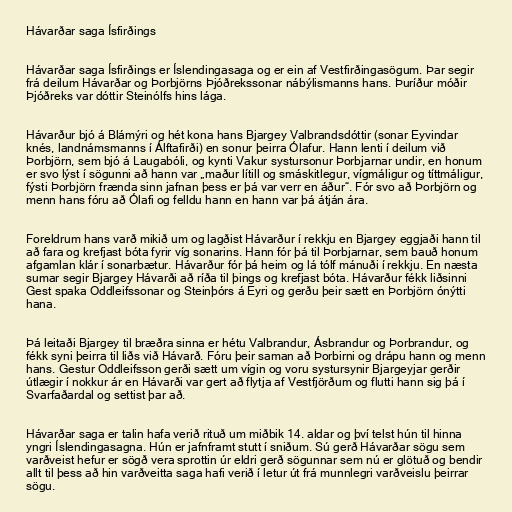
Hávarðar saga Ísfirðings

Hávarðar saga Ísfirðings er Íslendingasaga og er ein af Vestfirðingasögum. Þar segir
frá deilum Hávarðar og Þorbjörns Þjóðrekssonar nábýlismanns hans. Þuríður móðir
Þjóðreks var dóttir Steinólfs hins lága.

Hávarður bjó á Blámýri og hét kona hans Bjargey Valbrandsdóttir (sonar Eyvindar
knés, landnámsmanns í Álftafirði) en sonur þeirra Ólafur. Hann lenti í deilum við
Þorbjörn, sem bjó á Laugabóli, og kynti Vakur systursonur Þorbjarnar undir, en honum
er svo lýst í sögunni að hann var „maður lítill og smáskitlegur, vígmáligur og títtmáligur,
fýsti Þorbjörn frænda sinn jafnan þess er þá var verr en áður“. Fór svo að Þorbjörn og
menn hans fóru að Ólafi og felldu hann en hann var þá átján ára.

Foreldrum hans varð mikið um og lagðist Hávarður í rekkju en Bjargey eggjaði hann til
að fara og krefjast bóta fyrir víg sonarins. Hann fór þá til Þorbjarnar, sem bauð honum
afgamlan klár í sonarbætur. Hávarður fór þá heim og lá tólf mánuði í rekkju. En næsta
sumar segir Bjargey Hávarði að ríða til þings og krefjast bóta. Hávarður fékk liðsinni
Gest spaka Oddleifssonar og Steinþórs á Eyri og gerðu þeir sætt en Þorbjörn ónýtti
hana.

Þá leitaði Bjargey til bræðra sinna er hétu Valbrandur, Ásbrandur og Þorbrandur, og
fékk syni þeirra til liðs við Hávarð. Fóru þeir saman að Þorbirni og drápu hann og menn
hans. Gestur Oddleifsson gerði sætt um vígin og voru systursynir Bjargeyjar gerðir
útlægir í nokkur ár en Hávarði var gert að flytja af Vestfjörðum og flutti hann sig þá í
Svarfaðardal og settist þar að.

Hávarðar saga er talin hafa verið rituð um miðbik 14. aldar og því telst hún til hinna
yngri Íslendingasagna. Hún er jafnframt stutt í sniðum. Sú gerð Hávarðar sögu sem
varðveist hefur er sögð vera sprottin úr eldri gerð sögunnar sem nú er glötuð og bendir
allt til þess að hin varðveitta saga hafi verið í letur út frá munnlegri varðveislu þeirrar
sögu.